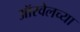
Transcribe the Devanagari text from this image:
ऑरवेलच्या